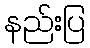
နည်းပြ